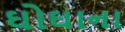
ઘોઘાના